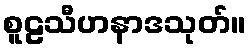
စူဠသီဟနာဒသုတ်။